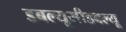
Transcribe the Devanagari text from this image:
डबल्यूसीडबल्यू